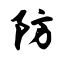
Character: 防